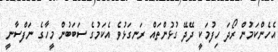
އެހެންކަމުން ރޯދަ ހިފުމަކީ ދޭދޭ ގުޅުންތައް ރަނގަޅުވެ އެކަމުގެ ސަބަބުން މީހާގެ ނަފްސާނީ